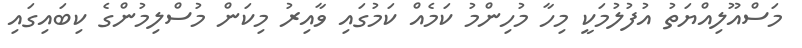
މަސްއޫލިއްޔަތު އުފުލުމަކީ މިހާ މުހިންމު ކަމެއް ކަމުގައި ވާއިރު މިކަން މުސްލިމުންގެ ކިބައިގައި